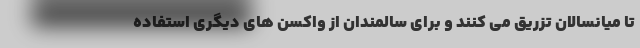
تا میانسالان تزریق می کنند و برای سالمندان از واکسن های دیگری استفاده